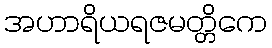
အဟာရိယရဇမတ္တိကေ